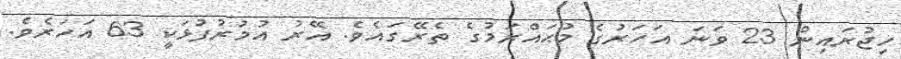
ހިޖުރައިން 23 ވަނަ އަހަރުގެ މުޙައްރަމުގެ ތެރޭގައެވެ. އޭރު އުމުރުފުޅަކީ 63 އަހަރެވެ.